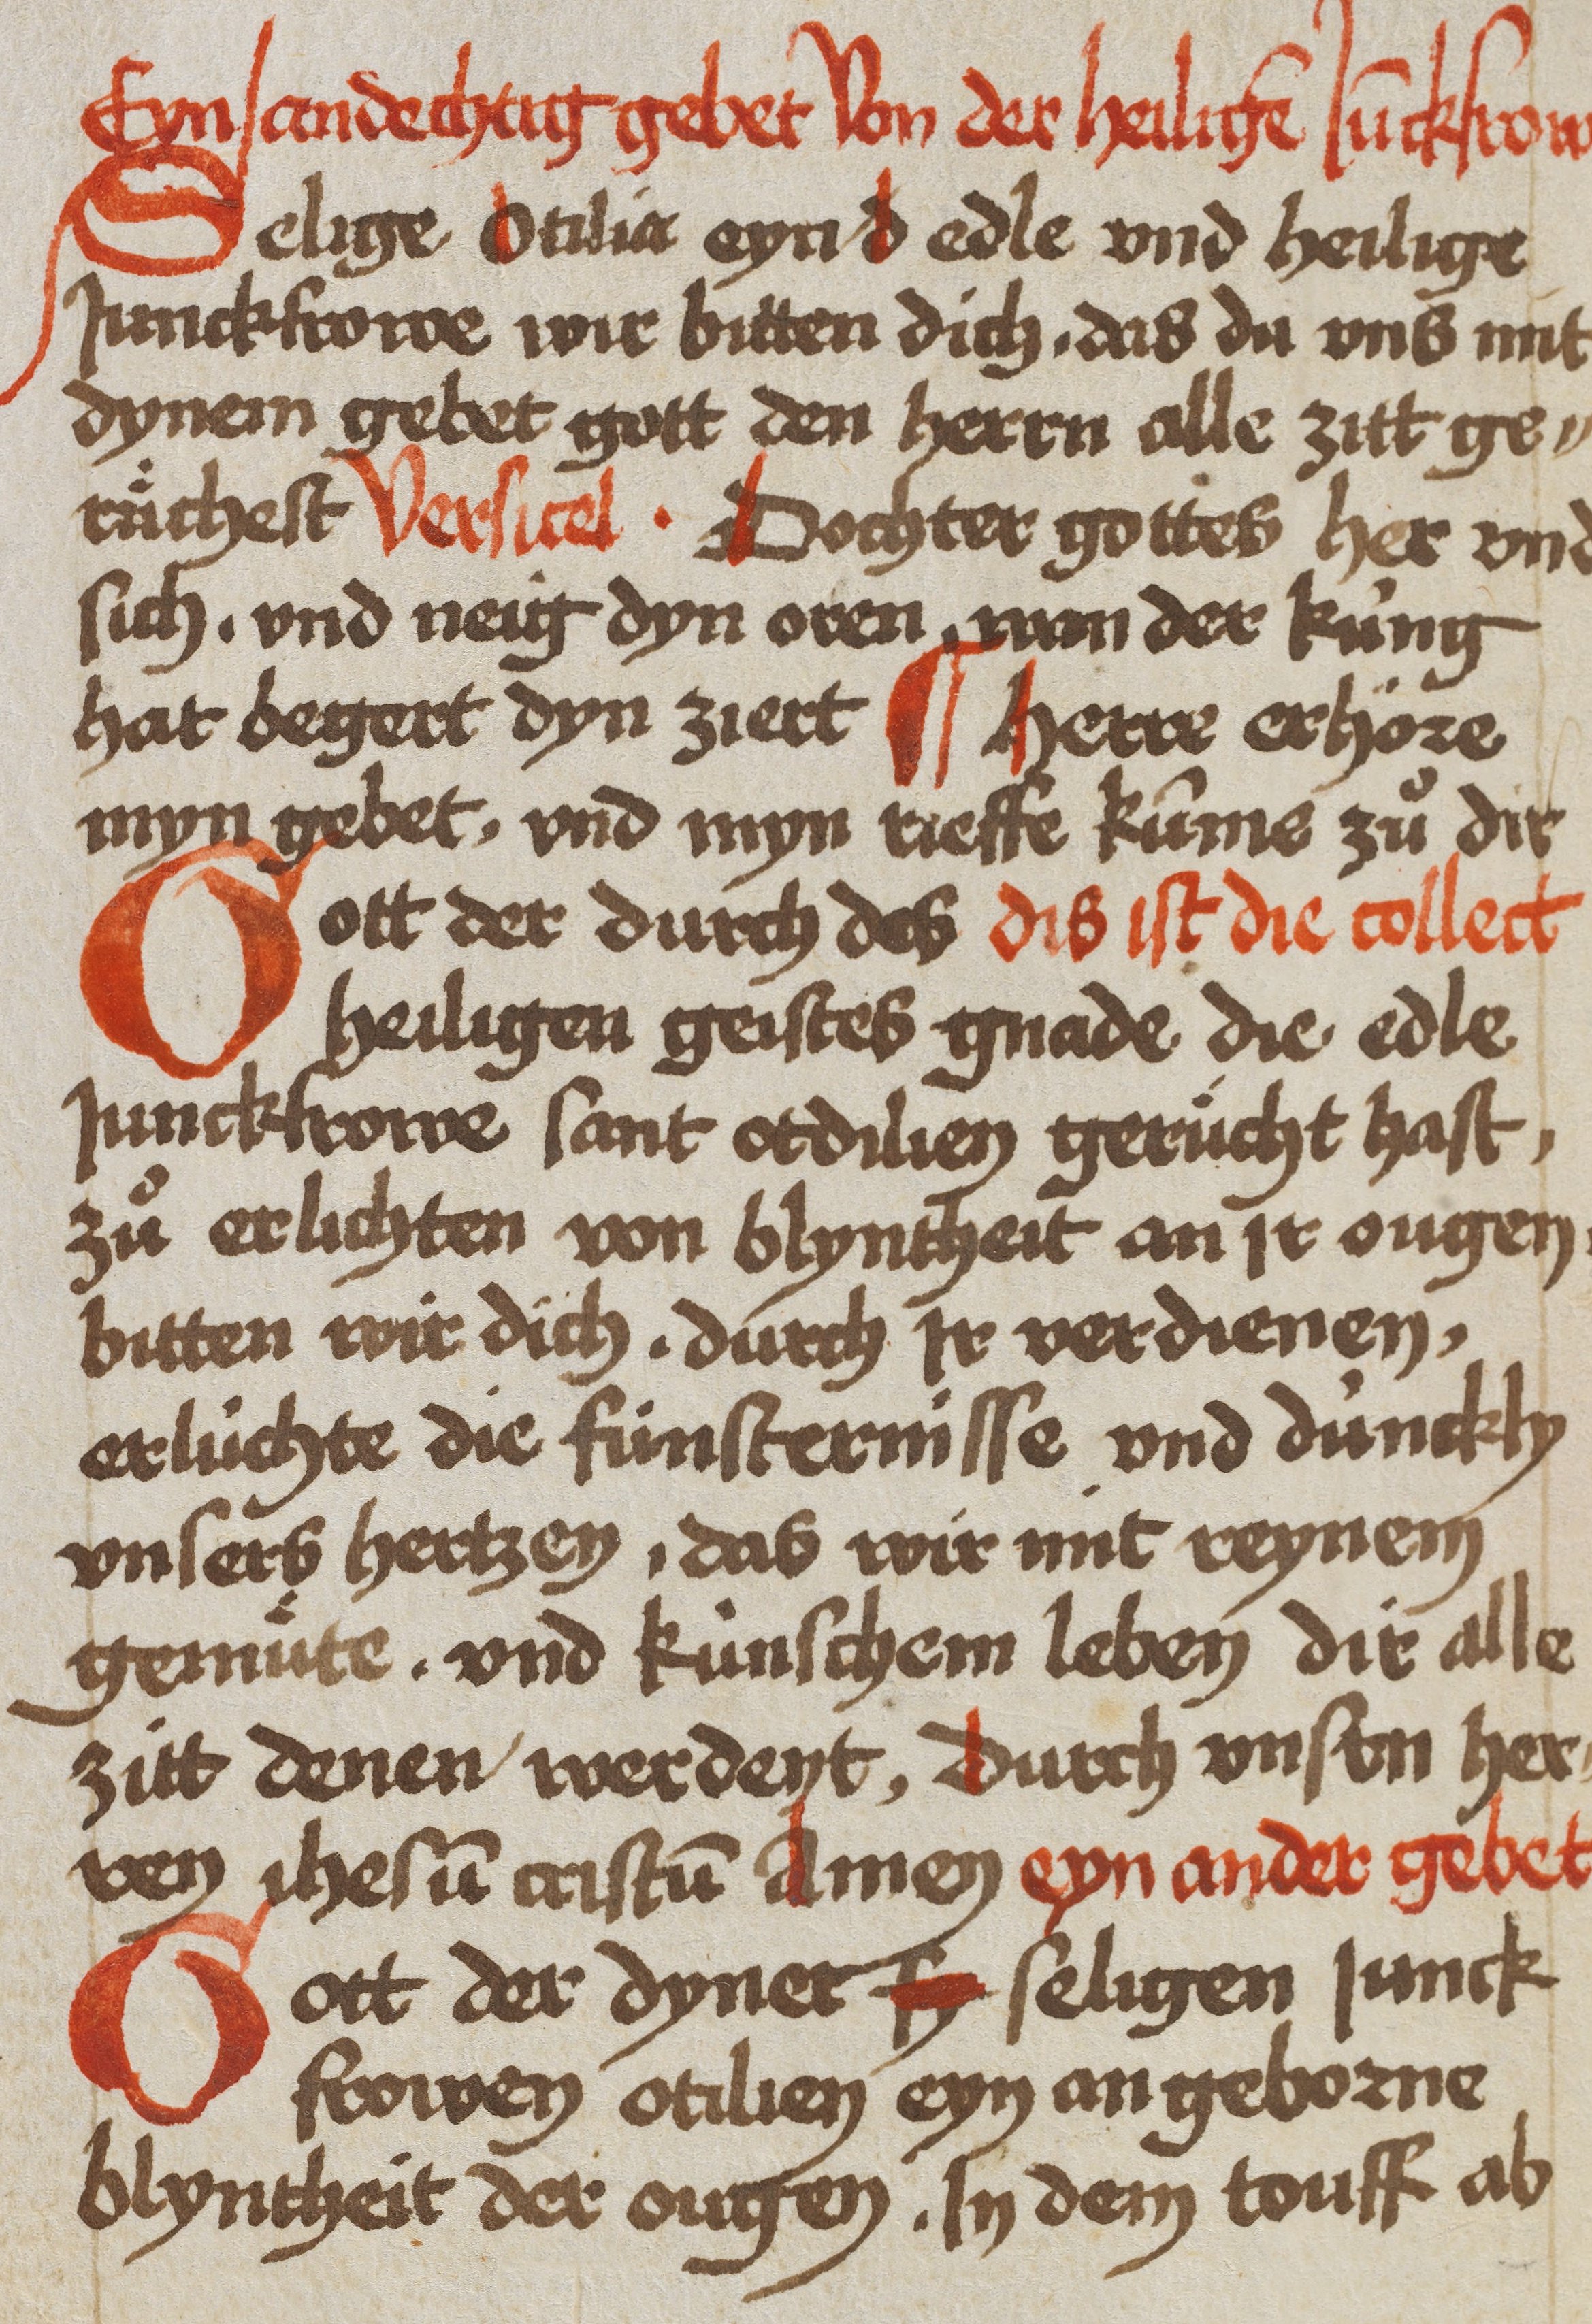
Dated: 1450–1499